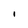
Character: l